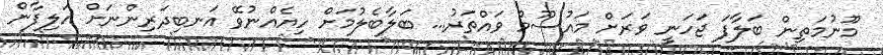
މޫނުމަތިން ބަލާފަ ޖަހަނީ ވަރަށް މައުސޫމް ވައްތަރު... ބަލާބެލުމަށް ހިޔެއްނުވޭ އަނބިދަރިންނަށް އަލިފާން